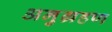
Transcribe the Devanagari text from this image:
अनुग्रहण